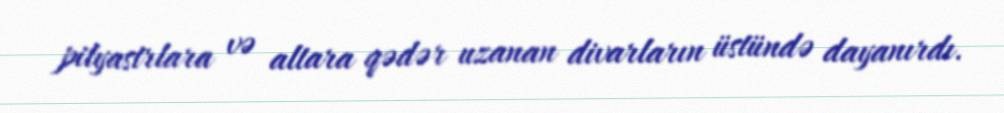
pilyastrlara və altara qədər uzanan divarların üstündə dayanırdı.